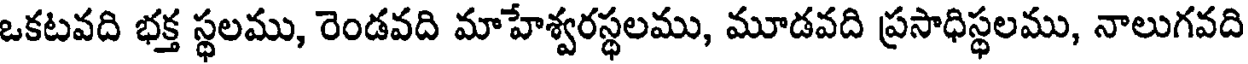
ఒకటవది భక్త స్థలము, రెండవది మాహేశ్వరస్థలము, మూడవది ప్రసాధిస్థలము, నాలుగవది